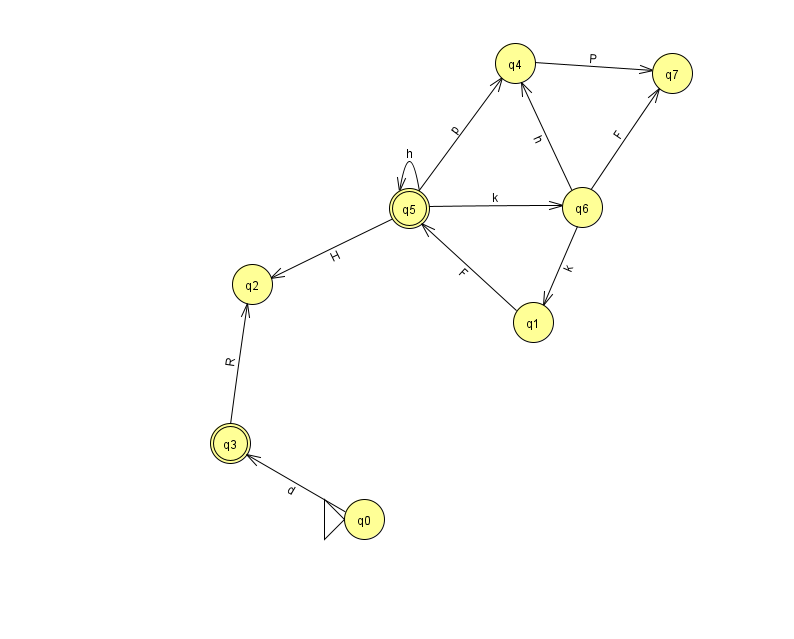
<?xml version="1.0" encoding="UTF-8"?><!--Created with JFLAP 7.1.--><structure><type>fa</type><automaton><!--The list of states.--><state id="0" name="q0"><x>364.0</x><y>506.0</y><initial/></state><state id="1" name="q1"><x>533.0</x><y>309.0</y></state><state id="2" name="q2"><x>252.0</x><y>271.0</y></state><state id="3" name="q3"><x>230.0</x><y>430.0</y><final/></state><state id="4" name="q4"><x>515.0</x><y>50.0</y></state><state id="5" name="q5"><x>409.0</x><y>195.0</y><final/></state><state id="6" name="q6"><x>582.0</x><y>194.0</y></state><state id="7" name="q7"><x>672.0</x><y>60.0</y></state><!--The list of transitions.--><transition><from>6</from><to>7</to><read>F</read></transition><transition><from>1</from><to>5</to><read>F</read></transition><transition><from>4</from><to>7</to><read>P</read></transition><transition><from>5</from><to>6</to><read>k</read></transition><transition><from>3</from><to>2</to><read>R</read></transition><transition><from>5</from><to>2</to><read>H</read></transition><transition><from>6</from><to>1</to><read>k</read></transition><transition><from>5</from><to>5</to><read>h</read></transition><transition><from>5</from><to>4</to><read>p</read></transition><transition><from>0</from><to>3</to><read>d</read></transition><transition><from>6</from><to>4</to><read>h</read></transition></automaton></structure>